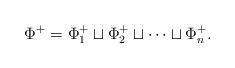
LaTeX: \begin{align*}\Phi^+=\Phi_1^+ \sqcup \Phi_2^+ \sqcup \cdots \sqcup \Phi_n^+.\end{align*}